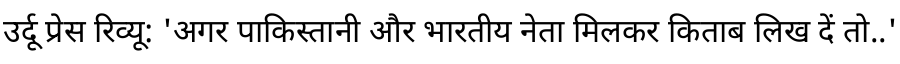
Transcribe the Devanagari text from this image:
उर्दू प्रेस रिव्यू: 'अगर पाकिस्तानी और भारतीय नेता मिलकर किताब लिख दें तो..'